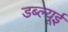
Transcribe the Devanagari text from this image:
डब्ल्यूई